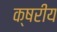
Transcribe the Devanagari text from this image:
क्षरीय